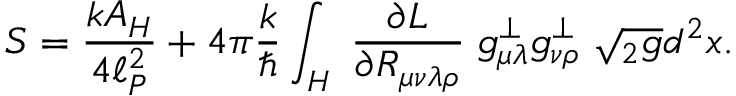
S = { \frac { k A _ { H } } { 4 \ell _ { P } ^ { 2 } } } + 4 \pi { \frac { k } { \hbar } } \int _ { H } \; { \frac { \partial { \cal L } } { \partial R _ { \mu \nu \lambda \rho } } } \; g _ { \mu \lambda } ^ { \perp } g _ { \nu \rho } ^ { \perp } \; \sqrt { { } _ { 2 } g } d ^ { 2 } x .